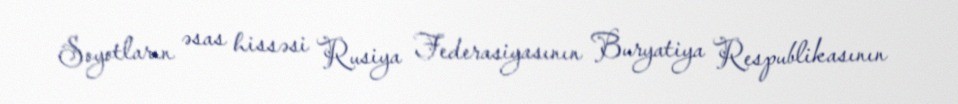
Soyotların əsas hissəsi Rusiya Federasiyasının Buryatiya Respublikasının